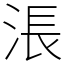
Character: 涱